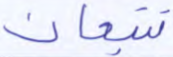
تتبعان